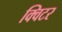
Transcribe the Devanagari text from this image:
क्विटर